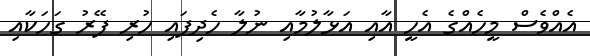
އެއްވެސް މީހެއްގެ އެހީ އާއި އަޅާލުމާއި ނުލާ ހެދިފައި ހުރި ފޭރު ގަހަކާއި